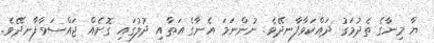
ޔާ މިނާގެ ތެދުމަގު ދައްކަވާފާނދޭވެ. ނުންނަމަ އެނާގެ އަތާއި ދުލުގައި ގޮށެއް ޖައްސަވާފާނދޭވެ.